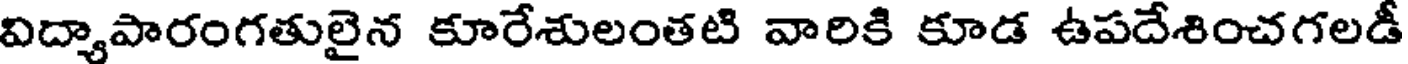
విద్యాపారంగతులైన కూరేశులంతటి వారికి కూడ ఉపదేశించగలడీ